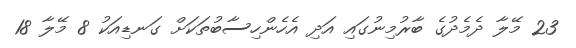
23 މޭލާ ދެމެދުގެ ބާރުމިނުގައި އަދި އެހެންހިސާބުތަކަށް ގަނޑިއަކު 8 މޭލާ 18